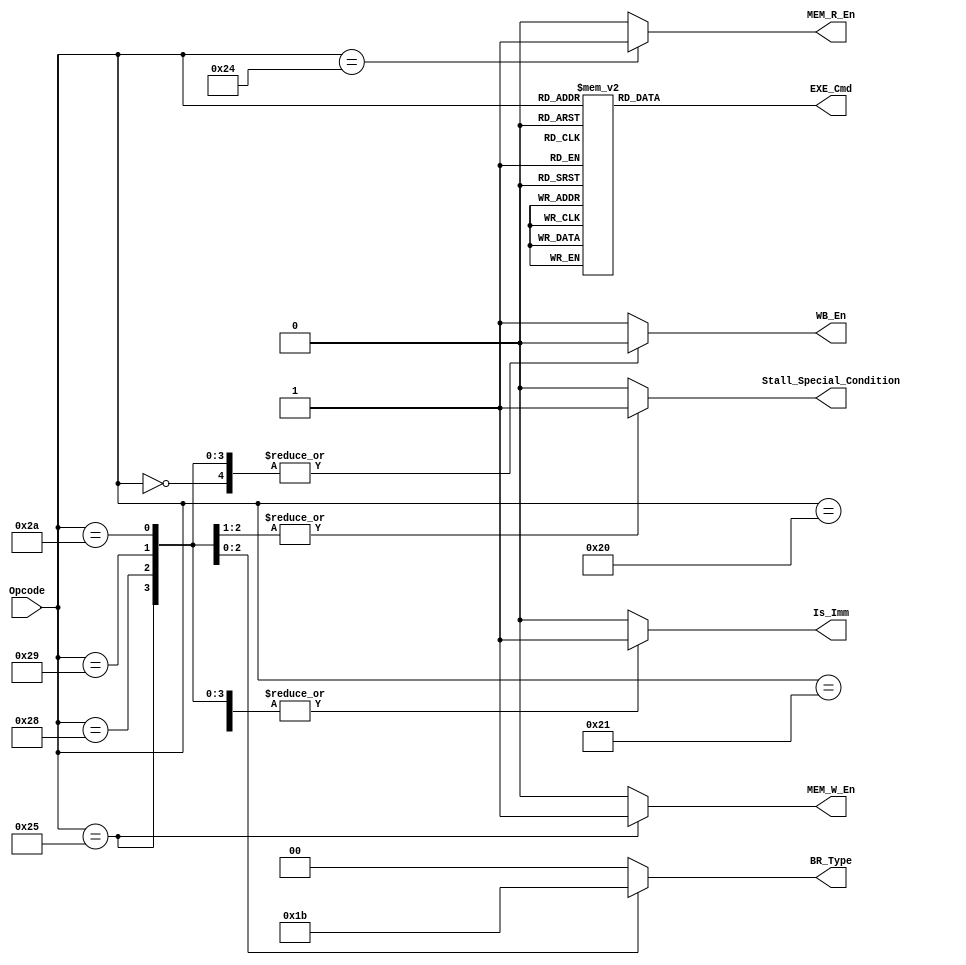
// build control unit
module Controller
	(
		Opcode,
		Stall_Special_Condition,
		Is_Imm,
		WB_En,
		MEM_R_En,
		MEM_W_En,
		EXE_Cmd,
		BR_Type
	);
	
	// input and output ports
	input	[5:0]	Opcode;
	output			Stall_Special_Condition;
	output			Is_Imm;
	output			WB_En;
	output			MEM_R_En;
	output			MEM_W_En;
	output	[3:0]	EXE_Cmd;
	output	[1:0]	BR_Type;
	
	// registers
	reg				Stall_Special_Condition;
	reg				Is_Imm;
	reg				WB_En;
	reg				MEM_R_En;
	reg				MEM_W_En;
	reg	[3:0]		EXE_Cmd;
	reg	[1:0]		BR_Type;
	
	// define cases
	parameter NOP = 0;
	parameter ADD = 1;
	parameter SUB = 3;
	parameter AND = 5;
	parameter OR = 6;
	parameter NOR = 7;
	parameter XOR = 8;
	parameter SLA = 9;
	parameter SLL = 10;
	parameter SRA = 11;
	parameter SRL = 12;
	parameter ADDI = 32;
	parameter SUBI = 33;
	parameter LD = 36;
	parameter ST = 37;
	parameter BEZ = 40;
	parameter BNE = 41;
	parameter JMP = 42;
	
	// define branch types
	parameter NO_BRANCH_Code = 2'b0;
	parameter BEZ_Code = 2'b01;
	parameter BNE_Code = 2'b10;
	parameter JMP_Code = 2'b11;

	// build module
	
	always @(*)
	begin
		case(Opcode)
			ADDI:
				Is_Imm = 1;
			SUBI:
				Is_Imm = 1;
			LD:
				Is_Imm = 1;
			ST:
				Is_Imm = 1;
			BEZ:
				Is_Imm = 1;
			BNE:
				Is_Imm = 1;
			JMP:
				Is_Imm = 1;
			default:
				Is_Imm = 0;
		endcase
		
		case(Opcode)
			NOP:
				WB_En = 0;
			ST:
				WB_En = 0;
			BEZ:
				WB_En = 0;
			BNE:
				WB_En = 0;
			JMP:
				WB_En = 0;
			default:
				WB_En = 1;
		endcase
		
		case(Opcode)
			LD:
				MEM_R_En = 1;
			default:
				MEM_R_En = 0;
		endcase
		
		case(Opcode)
			ST:
				MEM_W_En = 1;
			default:
				MEM_W_En = 0;
		endcase
		
		case(Opcode)
			ADD:
				EXE_Cmd = 4'b0000;
			SUB:
				EXE_Cmd = 4'b0010;
			AND:
				EXE_Cmd = 4'b0100;
			OR:
				EXE_Cmd = 4'b0101;
			NOR:
				EXE_Cmd = 4'b0110;
			XOR:
				EXE_Cmd = 4'b0111;
			SLA:
				EXE_Cmd = 4'b1000;
			SLL:
				EXE_Cmd = 4'b1000;
			SRA:
				EXE_Cmd = 4'b1001;
			SRL:
				EXE_Cmd = 4'b1010;
			ADDI:
				EXE_Cmd = 4'b0000;
			SUBI:
				EXE_Cmd = 4'b0010;
			LD:
				EXE_Cmd = 4'b0000;
			ST:
				EXE_Cmd = 4'b0000;
			default:
				EXE_Cmd = {4{1'bx}};
		endcase
		
		case(Opcode)
			BEZ:
				BR_Type = BEZ_Code;
			BNE:
				BR_Type = BNE_Code;
			JMP:
				BR_Type = JMP_Code;
			default:
				BR_Type = NO_BRANCH_Code;
		endcase
		
		case(Opcode)
			BNE:
				Stall_Special_Condition = 1;
			BEZ:
				Stall_Special_Condition = 1;
			default:
				Stall_Special_Condition = 0;
		endcase
	end
endmodule